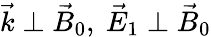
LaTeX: {\vec{k}}\perp{\vec{B}}_{0},\ {\vec{E}}_{1}\perp{\vec{B}}_{0}